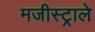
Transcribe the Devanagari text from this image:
मजीस्ट्राले